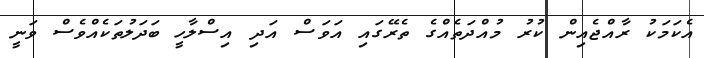
އެކަމަކު ރާއްޖެއިން ކުރު މުއްދަތެއްގެ ތެރޭގައި އަވަސް އަދި އިސްލާހީ ބަދަލުތަކެއްވެސް ވަނީ